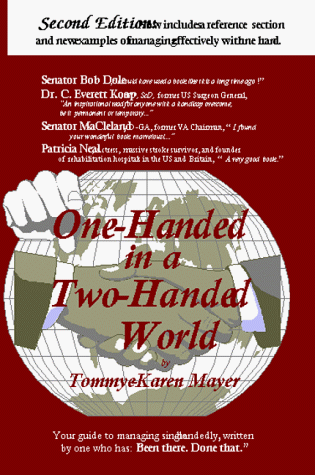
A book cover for One-Handed in a Two-Handed World (Second Edition); Tommye-K. Mayer; Health, Fitness & Dieting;